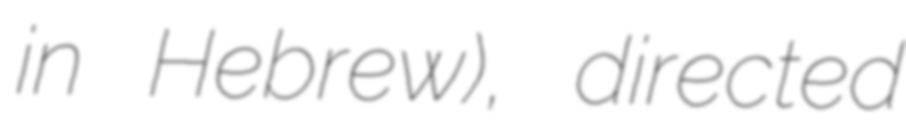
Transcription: in Hebrew), directed